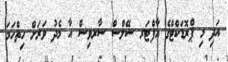
އަދި މި ޕްރޮޑަކްޓްގެ އާފްޓަރ ސޭލްސް ސާރވިސް އާ މެދު ވަރަށް ހިތްހަަމަ